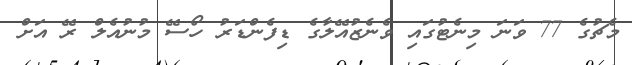
މެޗުގެ 77 ވަނަ މިނެޓުގައި ވެނެޒުއޭލާގެ ޑިފެންޑަރު ހޯސޭ މުނުއެލް ރޭ އަށް